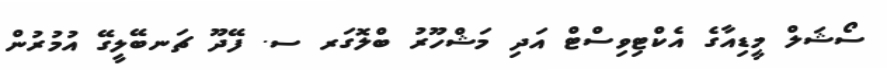
ސޯޝަލް މީޑިއާގެ އެކްޓިވިސްޓް އަދި މަޝްހޫރު ބްލޮގަރ ސ. ފޭދޫ ޗަނބޭލީގޭ އުމުރުން